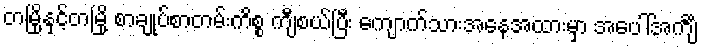
တမြို့နှင့်တမြို့ စာချုပ်စာတမ်းကိစ္စ ကျီစယ်ပြီး ကျောက်သားအနေအထားမှာ အပေါ်အင်္ကျီ